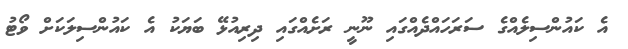
އެ ކައުންސިލެއްގެ ސަރަހައްދެއްގައި ނޫނީ ރަށެެއްގައި ދިރިއުޅޭ ބަޔަކު އެ ކައުންސިލަކަށް ވޯޓު